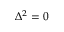
\Delta ^ { 2 } = 0